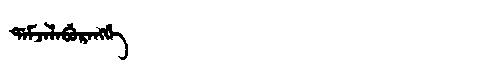
Manchu: ᡩᠠᠮᠵᠠᠯᠠᠪᡠᡵᠠᠩᡤᡝ
Romanization: DAMJALABURANGGE